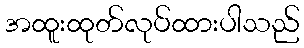
အထူးထုတ်လုပ်ထားပါသည်